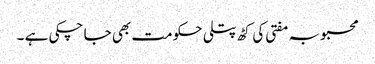
محبوبہ مفتی کی کٹھ پتلی حکومت بھی جا چکی ہے ۔